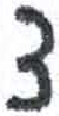
אות: צ